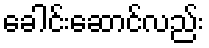
ခေါင်းဆောင်လည်း